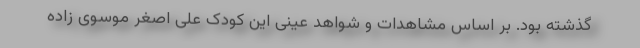
گذشته بود. بر اساس مشاهدات و شواهد عینی این کودک علی اصغر موسوی زاده